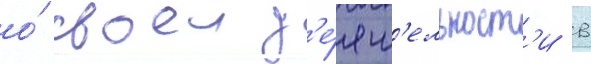
о́ своеи д'е́ят'ельност'и в